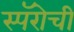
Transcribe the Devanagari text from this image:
स्पॅरोची